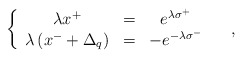
\begin{align*}\left\{\begin{array}{ccc}\lambda x^+&=&e^{\lambda\sigma^+}\\\lambda\left(x^-+\Delta_q\right)&=&-e^{-\lambda\sigma^-}\end{array}\ \ \ \ ,\right.\end{align*}